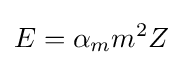
E=\alpha _{m}m^{2}Z